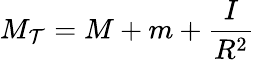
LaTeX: M_{\mathcal{T}}=M+m+{\frac{{I}}{{R^{2}}}}